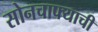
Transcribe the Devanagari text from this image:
सोनचाफ्याची